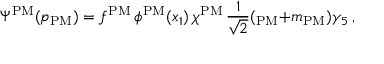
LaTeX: \Psi ^ { \mathrm { P M } } ( p _ { \mathrm { P M } } ) = f ^ { \mathrm { P M } } \, \phi ^ { \mathrm { P M } } ( x _ { 1 } ) \, \chi ^ { \mathrm { P M } } \, \frac { 1 } { \sqrt { 2 } } ( \not { p } _ { \mathrm { P M } } + m _ { \mathrm { P M } } ) \gamma _ { 5 } \, ,